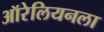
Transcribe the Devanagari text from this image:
ऑरेलियनला